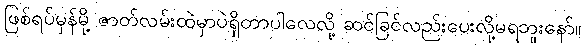
ဖြစ်ရပ်မှန်မို့ ဇာတ်လမ်းထဲမှာပဲရှိတာပါလေလို့ ဆင်ခြင်လည်းပေးလို့မရဘူးနော်။